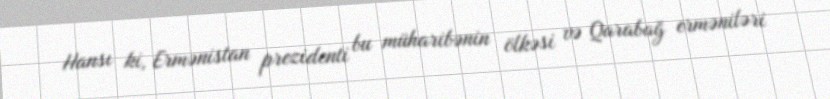
Hansı ki, Ermənistan prezidenti bu müharibənin ölkəsi və Qarabağ erməniləri